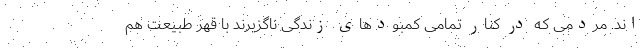
اند. مردمی که در کنار تمامی کمبودهای زندگی ناگزیرند با قهر طبیعت هم